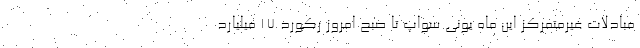
مبادلات غیرمتمرکز این ماه یونی سواپ تا صبح امروز رکورد ۱۷ میلیارد